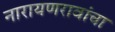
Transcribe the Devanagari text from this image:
नारायणरावांचा